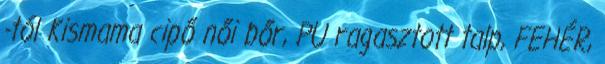
-tól Kismama cipő női bőr, PU ragasztott talp, FEHÉR,